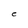
Character: C